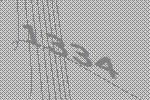
1334